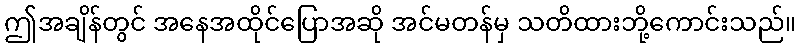
ဤအချိန်တွင် အနေအထိုင်ပြောအဆို အင်မတန်မှ သတိထားဘို့ကောင်းသည်။